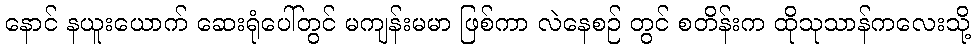
နောင် နယူးယောက် ဆေးရုံပေါ်တွင် မကျန်းမမာ ဖြစ်ကာ လဲနေစဉ် တွင် စတိန်းက ထိုသုသာန်ကလေးသို့